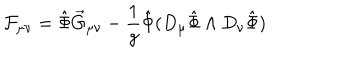
LaTeX: { \cal F } _ { \mu \nu } = \hat { \Phi } \vec { G } _ { \mu \nu } - \frac { 1 } { g } \hat { \Phi } ( D _ { \mu } \hat { \Phi } \wedge D _ { \nu } \hat { \Phi } )